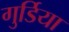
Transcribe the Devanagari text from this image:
गुर्डिया